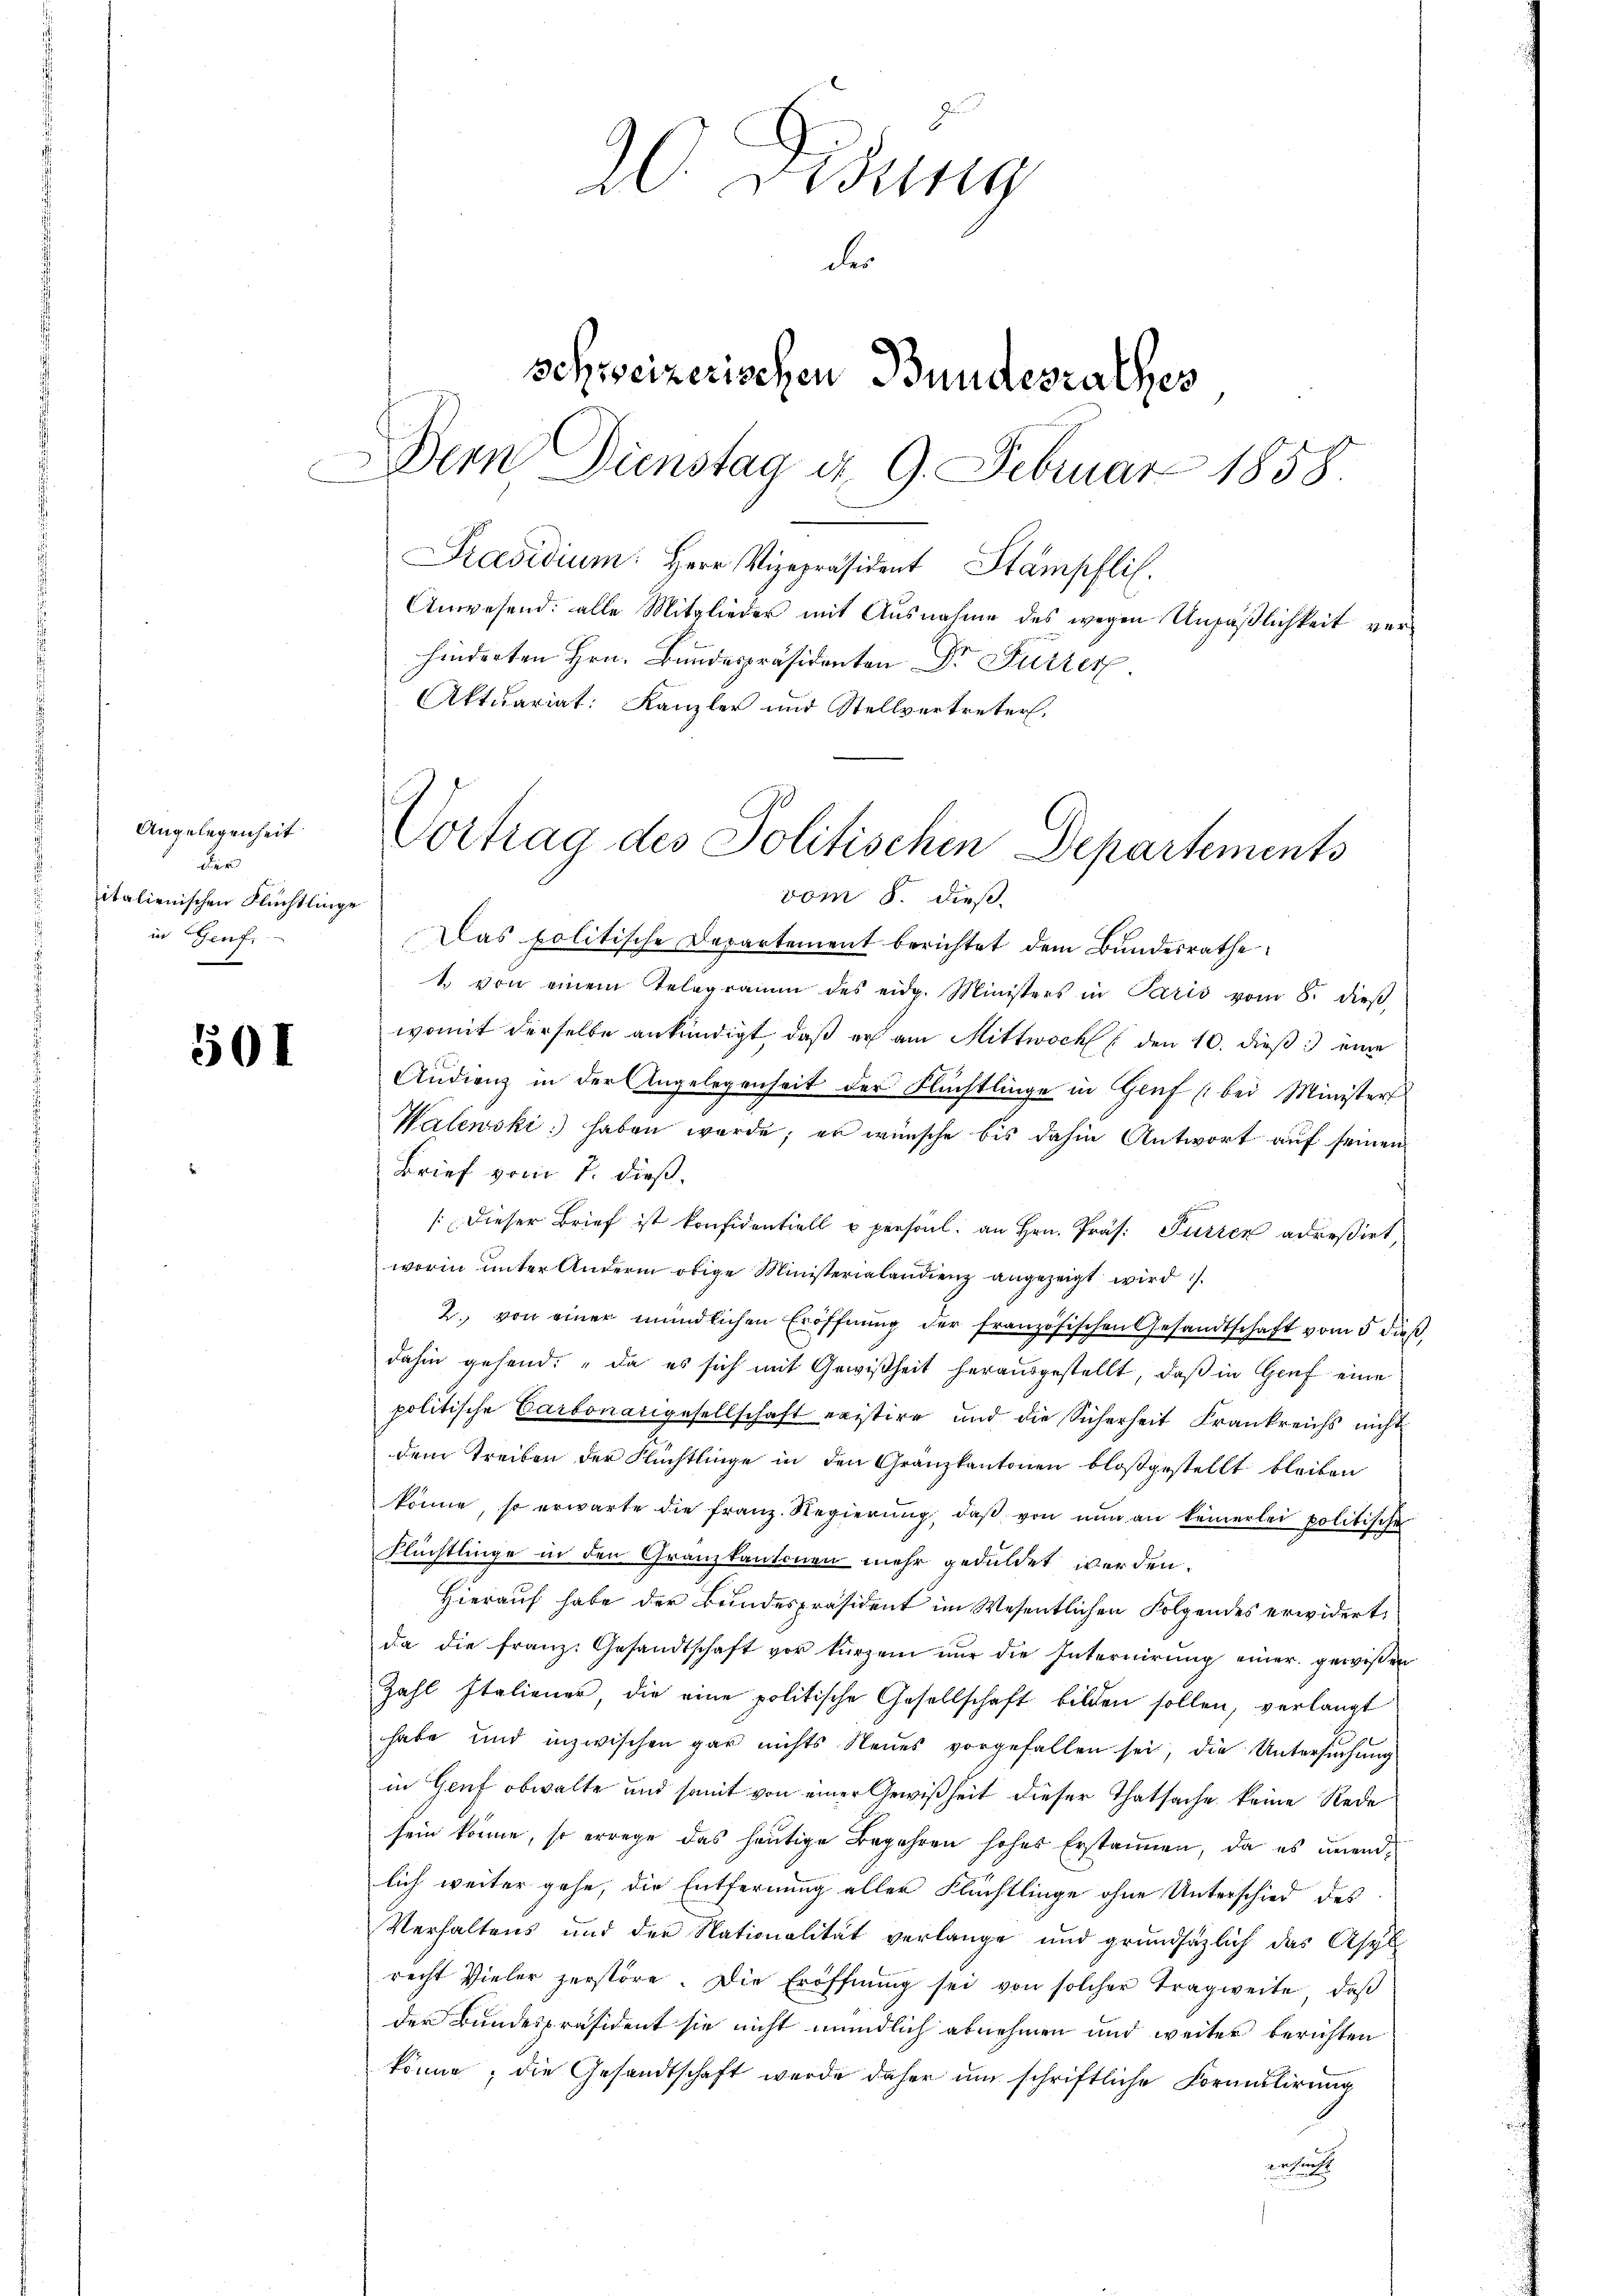
Angelegenheit
der
italienischen Flüchtlinge
in Genf.

501

20 Didung
der
schweizerischen Bundesrathes
Dern Dienstag d. 9. Februar 1858.
Präsidium. Herr Vizepräsident Stampfli
Anwesend: alle Mitglieder mit Ausnahme des wegen Unpäßlichkeit verhinderten Hrn. Bundespräsidenten Dr. Fürzer
Aktuariat: Kanzler und Stellvertreter.

Das politische Departement berichtet dem Bundesrathe
1. von einem Telegramm des eidg. Ministers in Paris vom 8. dieβ
womit derselbe ankündigt, daß er am Mittwoch den 10. dieß eine
Audienz in der Angelegenheit der Flüchtlinge in Genf (bei Minister
Walewski haben werde; er wünsche bis dahin Antwort auf seinen
Brief vom 7. dieß.
Dieser Brief ist konfidentiell u persönl. an Hrn. Präs. Purien adreßirt,
worin unter Andern obige Ministerialandienz angezeigt wird
2. von einer mündlichen Eröffnŭng der französischen Gesandtschaft vom 5 dieβ,
dahin gesend: „Da es sich mit Gewißheit herausgestellt, daß in Genf eine
politische Carbonarigesellschaft existire und die Sicherheit Frankreichs nicht
dem Treiben der Flüchtlinge in den Granzkantonen bloßgestellt bleiben
könne, so erwarte die franz. Regierŭng, daβ von nŭn an keinerlei politische
Flüchtlinge in den Granzkantonen mehr geduldet werden.
Hierauf habe der Bundespräsident im Wesentlichen Folgendes erwidert,
da die franz. Gesandtschaft vor kurzen nur die Internirung einer gewißen
Zahl Italiener, die eine politische Gesellschaft bilden sollen, verlangt
habe und inzwischen gar nichts Neues vorgefallen sei, die Untersuchung
in Genf obwalte und somit von einer Gewißheit dieser Thatsache keine Rede
sein könne, so errege das heutige Begehren hohes Erstannen, da es unendlich weiter gehe, die Entfernung aller Flüchtlinge ohne Unterschied des
Verhaltens und der Nationalität verlange und grundsätzlich das Asyl
recht Vieler zerstöre. Die Eröffnŭng sei von solcher Tragweite, daβ
der Bundespräsident sie nicht mündlich abnehmen und weiter berichten
könne; die Gesandtschaft werde daher um schriftliche Formulirung
Rechtlicht

Vortrag des Politischen Departements
vom 8. dieß.